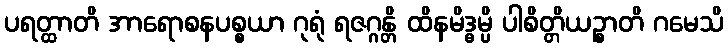
ပရတ္ထာတိ အာရောစနပစ္စယာ ဂုရုံ ရဇဂ္ဂန္တိ ထိနမိဒ္ဓမ္ပိ ပါစိတ္တိယဉ္စာတိ ဂမေသိ